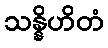
သန္နိဟိတံ